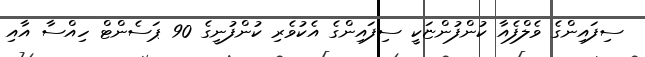
ސިފައިންގެ ވެލްފެއާ ކުންފުންޏަކީ ސިފައިންގެ އެކުވެރި ކުންފުނީގެ 90 ޕަސެންޓް ހިއްސާ އާއި